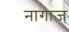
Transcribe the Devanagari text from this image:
नागाज्